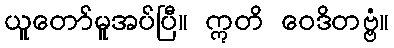
ယူတော်မူအပ်ပြီ။ ဣတိ ဝေဒိတဗ္ဗံ။